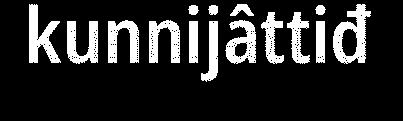
kunnijâttiđ